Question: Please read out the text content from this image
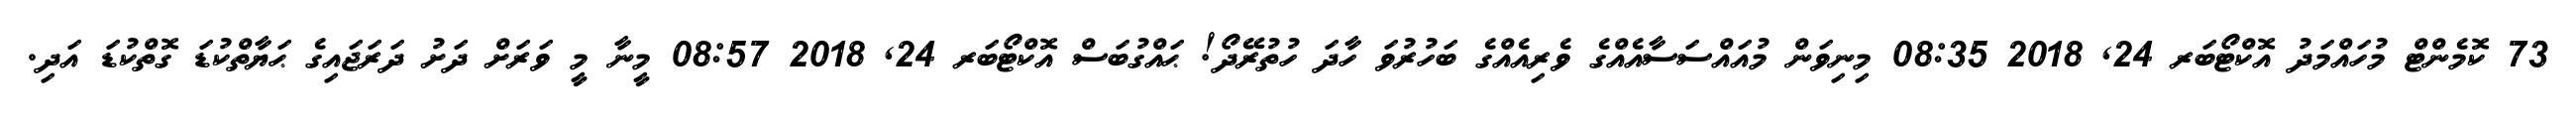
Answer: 73 ކޮމެންޓް މުހައްމަދު އޮކްޓޯބަރ 24, 2018 08:35 މިނިވަން މުއައްސަސާއެއްގެ ވެރިއެއްގެ ބަހުރުވަ ހާދަ ހުތުރޭދޯ! ޙައްގުބަސް އޮކްޓޯބަރ 24, 2018 08:57 މީނާ މީ ވަރަށް ދަށު ދަރަޖައިގެ ޙަޔާތްކުޑަ ގޮތްކުޑަ އަދި.